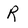
Character: R